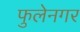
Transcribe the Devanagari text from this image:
फुलेनगर